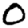
Digit: 0